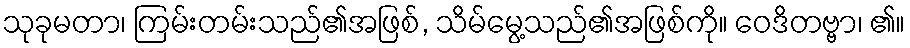
သုခုမတာ၊ ကြမ်းတမ်းသည်၏အဖြစ်, သိမ်မွေ့သည်၏အဖြစ်ကို။ ဝေဒိတဗ္ဗာ၊ ၏။